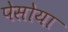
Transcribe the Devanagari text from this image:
पेसोया